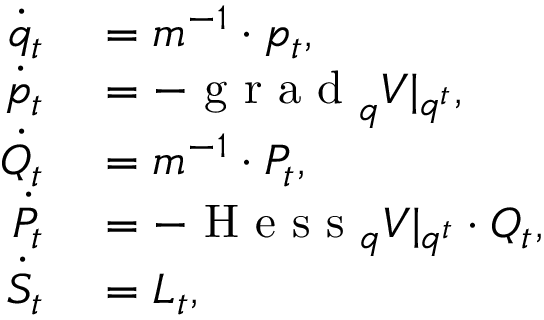
\begin{array} { r l } { \Dot { q } _ { t } } & { { } = m ^ { - 1 } \cdot p _ { t } , } \\ { \Dot { p } _ { t } } & { { } = - \mathrm { ~ g ~ r ~ a ~ d ~ } _ { q } V | _ { q ^ { t } } , } \\ { \Dot { Q } _ { t } } & { { } = m ^ { - 1 } \cdot P _ { t } , } \\ { \Dot { P } _ { t } } & { { } = - \mathrm { ~ H ~ e ~ s ~ s ~ } _ { q } V | _ { q ^ { t } } \cdot Q _ { t } , } \\ { \Dot { S } _ { t } } & { { } = L _ { t } , } \end{array}